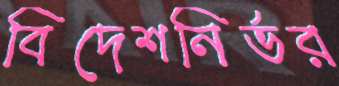
বিদেশনির্ভর